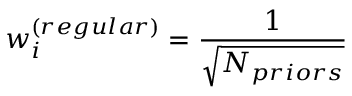
w _ { i } ^ { \left( r e g u l a r \right) } = \frac { 1 } { \sqrt { N _ { p r i o r s } } }